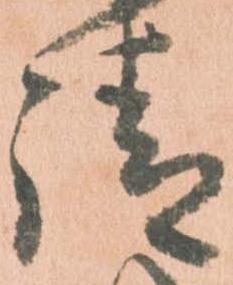
請